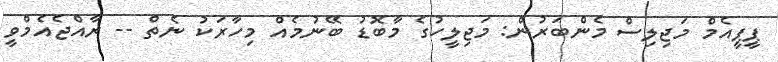
ޕީޕީއެމް މަޖިލިސް މެންބަރުން: މަޖިލީހުގެ މާބޮޑު ބޭނުމެއް މިހާރަކު ނެތް -- ރާއްޖެއެމްވީ